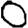
Digit: 0